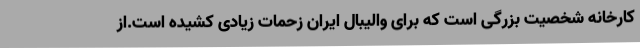
کارخانه شخصیت بزرگی است که برای والیبال ایران زحمات زیادی کشیده است.از